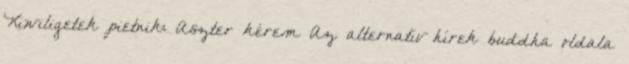
Kiwiligetek pietnik: Aszter kérem Az alternatív hírek buddha oldala